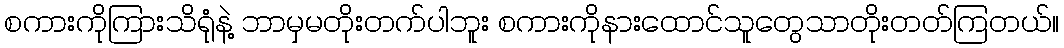
စကားကိုကြားသိရုံနဲ့ ဘာမှမတိုးတက်ပါဘူး စကားကိုနားထောင်သူတွေသာတိုးတတ်ကြတယ်။